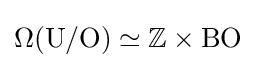
\Omega (\mathrm {U} /\mathrm {O} )\simeq \mathbb {Z} \times \mathrm {BO}